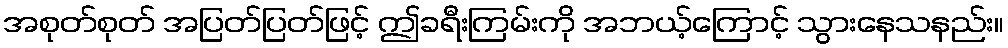
အစုတ်စုတ် အပြတ်ပြတ်ဖြင့် ဤခရီးကြမ်းကို အဘယ့်ကြောင့် သွားနေသနည်း။